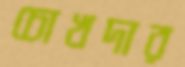
চোখদার